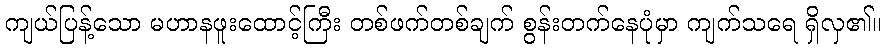
ကျယ်ပြန့်သော မဟာနဖူးထောင့်ကြီး တစ်ဖက်တစ်ချက် စွန်းတက်နေပုံမှာ ကျက်သရေ ရှိလှ၏။